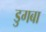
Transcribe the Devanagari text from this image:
डुगबा